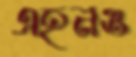
এহনও